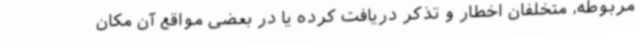
مربوطه، متخلفان اخطار و تذکر دریافت کرده یا در بعضی مواقع آن مکان